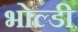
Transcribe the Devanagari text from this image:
भोल्डी